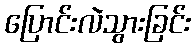
ပြောင်းလဲသွားခြင်း